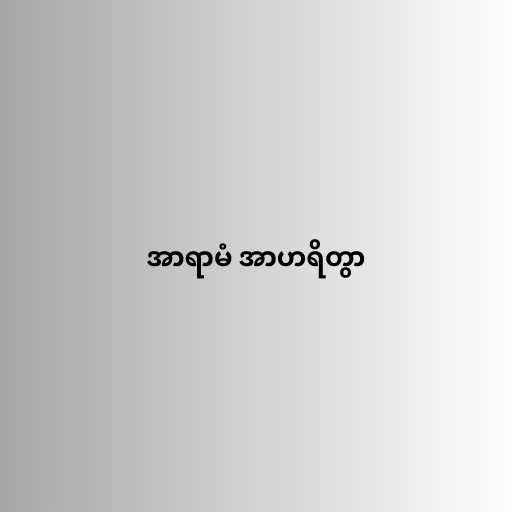
အာရာမံ အာဟရိတွာ